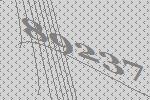
89237